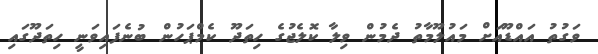
ވަގުތު އައްޑޫއަށް މައުލޫމާތު ދެމުން ވިލާ ކޮލެޖުގެ ހިތަދޫ ކެމްޕަހުން ބުނެފައިވަނީ ހިތަދޫގައި